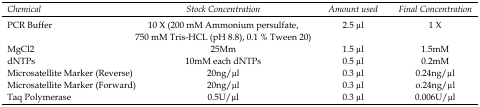
| Chemical | Stock Concentration | Amount used | Final Concentration |
 | --- | --- | --- | --- |
 | PCR Buffer | 10 X (200 mM Ammonium persulfate, 750 mM Tris-HCL (pH 8.8), 0.1 % Tween 20) | 2.5 μl | 1 χ |
 | MgCl2 | 25Mm | 1.5 μl | 1.5mM |
 | dNTPs | 10mM each dNTPs | 0.5 μl | 0.2mM |
 | Microsatellite Marker (Reverse) | 20ng/μl | 0.3 μl | 0.24ng/μl |
 | Microsatellite Marker (Forward) | 20ng/μl | 0.3 μl | o.24ng/μl |
 | Taq Polymerase | 0.5U/μl | 0.3 μl | 0.006U/μl |